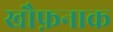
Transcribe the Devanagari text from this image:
खौफ़नाक